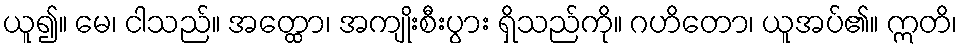
ယူ၍။ မေ၊ ငါသည်။ အတ္ထော၊ အကျိုးစီးပွား ရှိသည်ကို။ ဂဟိတော၊ ယူအပ်၏။ ဣတိ၊